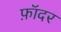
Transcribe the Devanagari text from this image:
फ़ॉदर